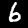
Digit: 6